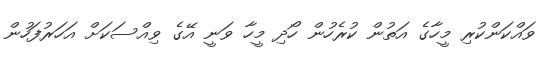
ވައްކަންކުރި މީހާގެ އަތުން ކުރެހުން ހޯދި މީހާ ވަނީ އޭގެ ވިއްސަކަށް އަހަރުފަހުން